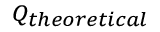
\scriptstyle Q _ { t h e o r e t i c a l }